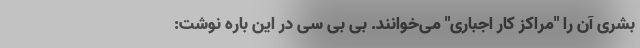
بشری آن را "مراکز کار اجباری" می‌خوانند. بی‌ بی سی در این باره نوشت: